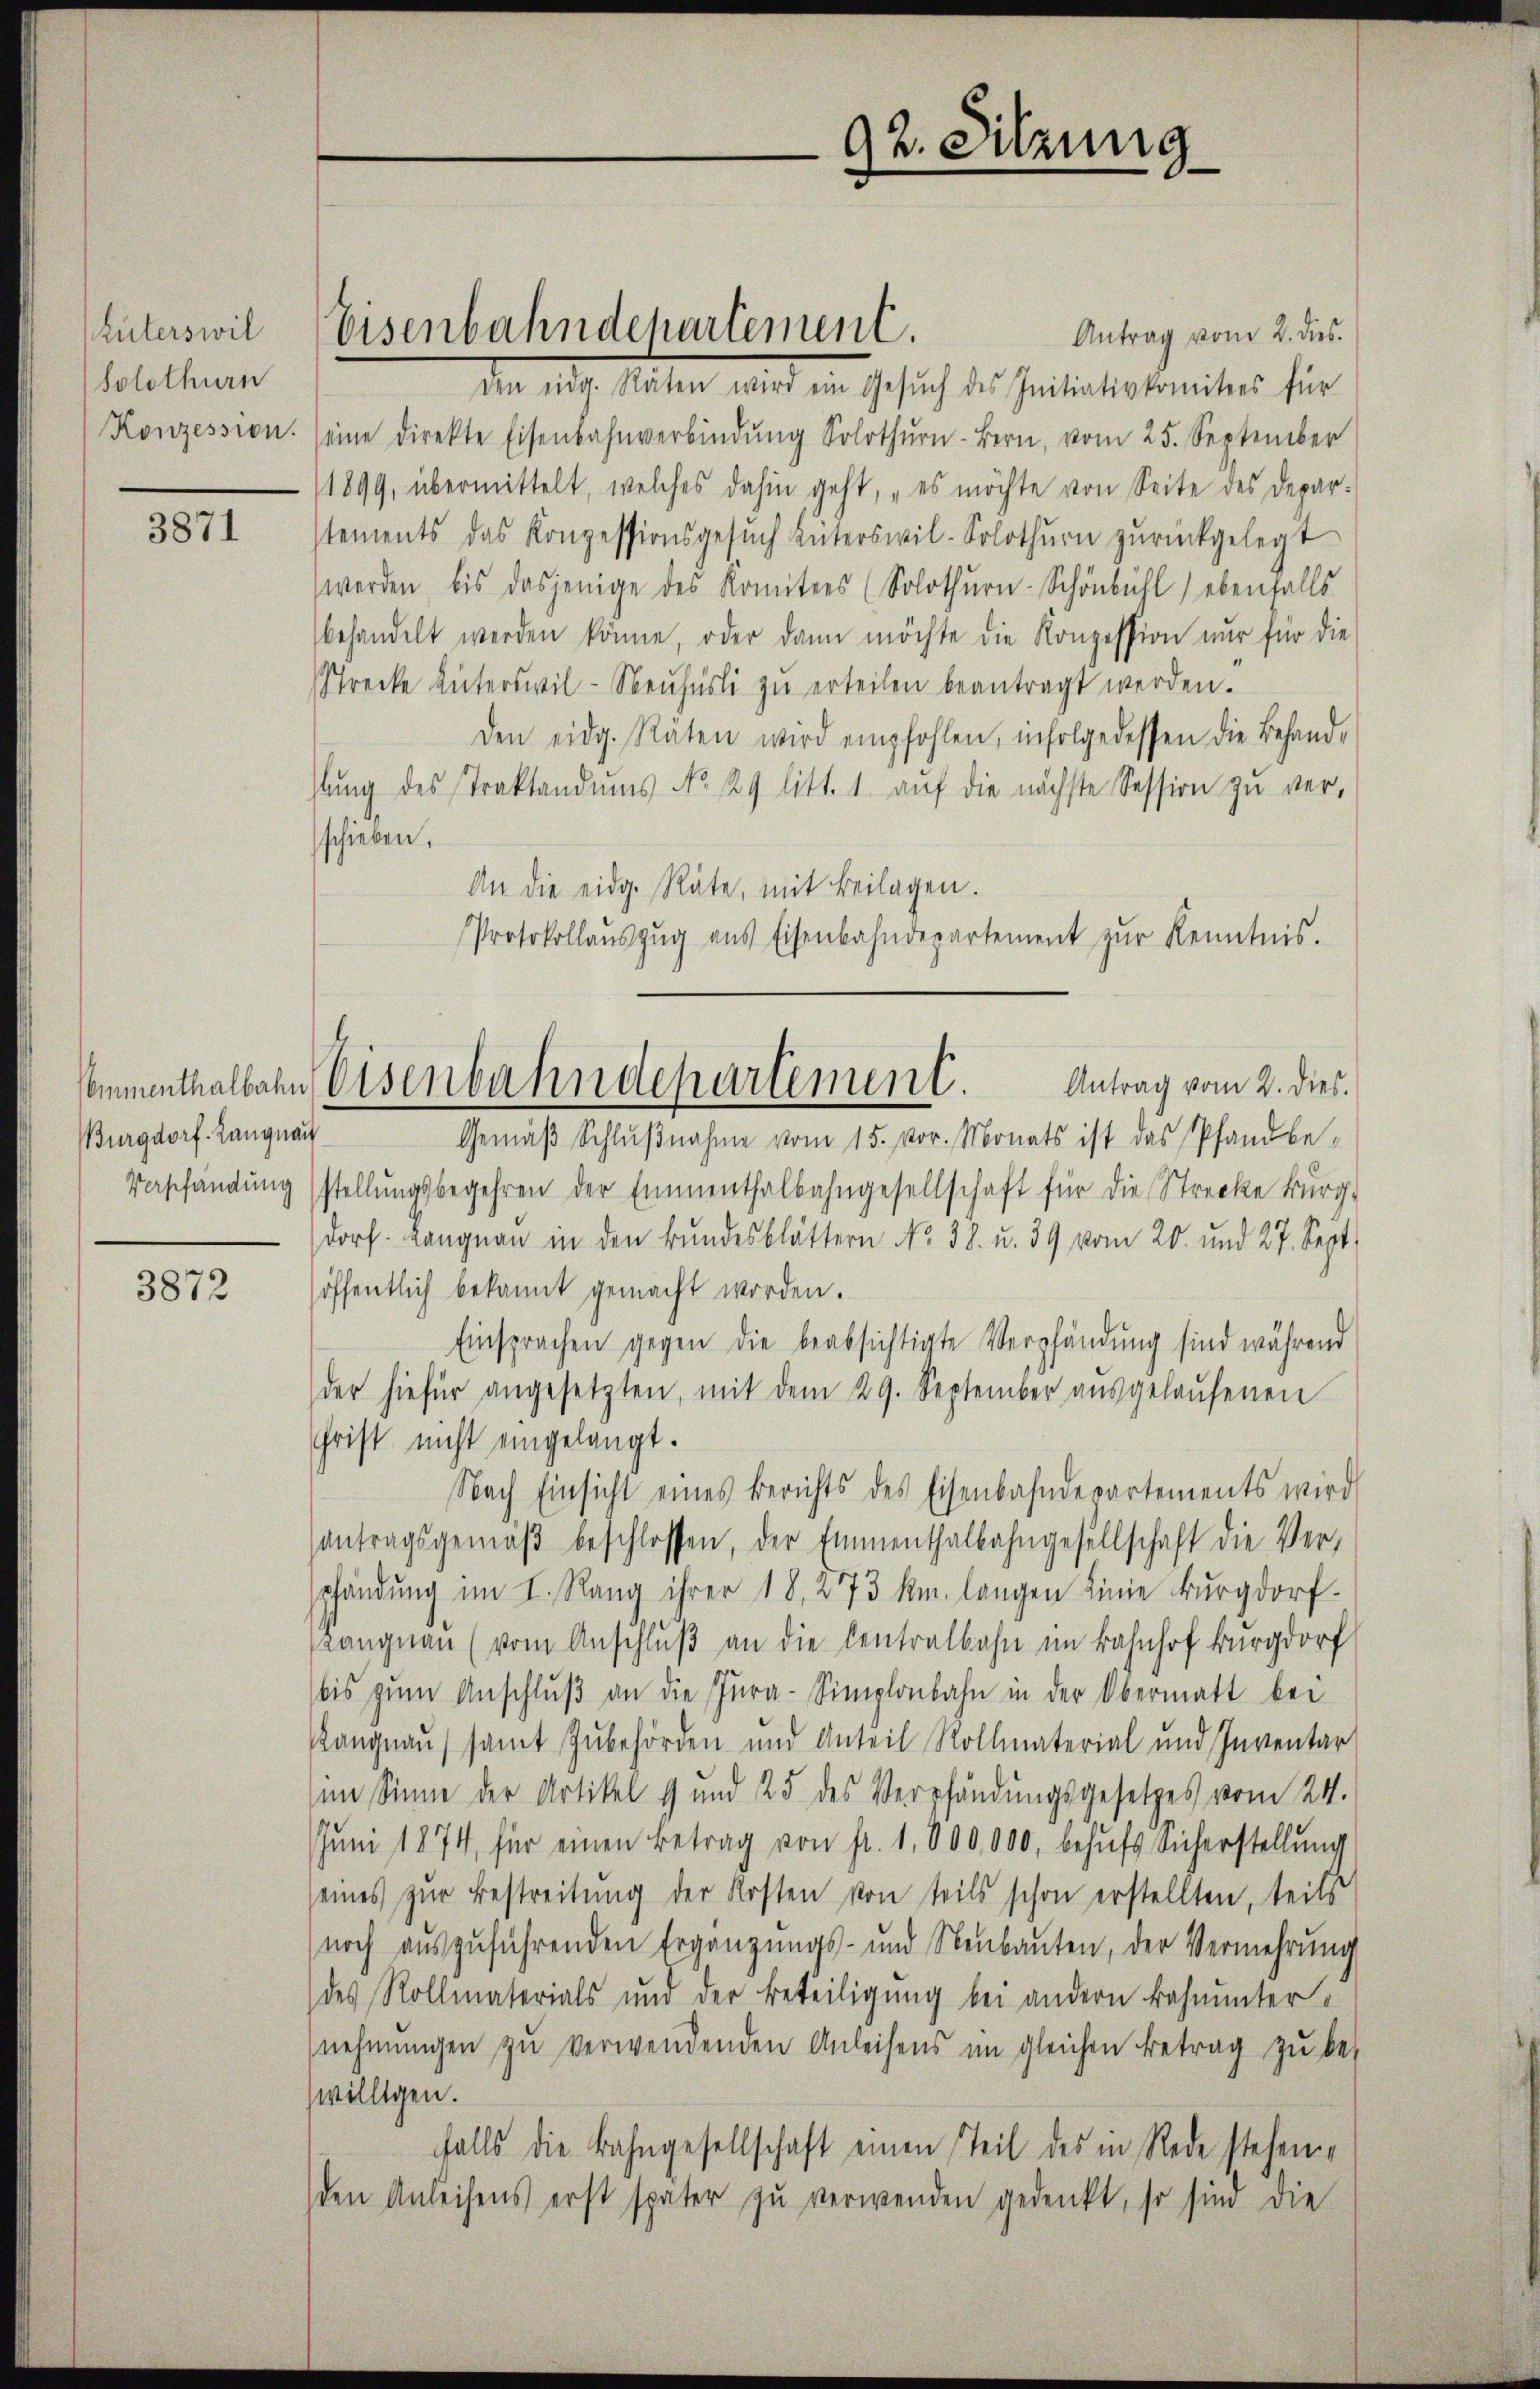
Rüterswil
(Solothurn
Konzession.

3871

Burgdorf. Langnau

3872

Antrag vom 2. dies
den eidg. Räten wird ein Gesŭch des Initiativkomitees für
eine direkte Eisenbahnverbindŭng Solothŭrn-Bern, vom 25. September
1899, übermittelt, welches dahin geht, „es möchte von Seite des Depar-
stements das Konzessionsgesŭch hüterswil-Solothurn zurückgelegt
werden, bis dasjenige des Komitees (Solothŭrn-Schönbühl) ebenfalls
behandelt werden könne, oder dann möchte die Konzession nur für die
Strecke unterswil-Neŭfürli zŭ erteilen beantragt werden.
den eidg. Räten wird empfohlen, infolgedessen die Behand-
hlŭng des Traktandŭms No. 29 litt. 1 aŭf die nächste Session zŭ ver-
schieben.
An die eidg. Räte, mit Beilagen.
Protokollaŭszŭg aŭs Eisenbahndepartement zŭr Kenntnis.
Gemäβ Schlußnahme vom 15. vor. Monats ist das Pfandbe¬
Verschändŭng stellŭngsbegehren der Emmenthalbahngesellschaft für die Strecke Bürg-
dorf. Langnau in den Bundesblättern No. 38. u. 39 vom 20. und 27. Sept
höffentlich bekannt gemacht worden.
Einsprachen gegen die beabsichtigte Verpfändung sind während
der hiefür angesetzten, mit dem 29. September aŭsgelaŭfenen
Christ nicht eingelangt.
Nach Einsicht eines Berichts des Eisenbahndepartements wird
antragsgemäβ beschlossen, der Emmenthalbahngesellschaft die Ver-
pfändung im I. Rang ihrer 18, 273 km. langen Linie Burgdorf-
angnau (vom Anschlŭβ an die Centralbahn im Bahnhof Burgdorf
bis zŭm Anschlŭβ an die Zŭra-Simplonbahn in der Obermatt bei
Rangnau samt Zubehörden und Anteil Rollmaterial und Inventar
im Sinne der Artikel 9 und 25 des Verpfändungsgesetzes vom 24.
Juni 1874, für einen Betrag von fr. 1,800,000, behŭfs Sicherstellung
seines zur Bestreitung der Kosten von teils schon erstellten, teils
noch auszuführenden Ergänzungs- und Neubauten, der Vermehrung
des Rollmaterials und der Beteiligung bei andern Bahnuntere
nehmungen zu verwendenden Anleisens im gleichen Betrag zu bewilligen.
falls die Bahngesellschaft einen Teil des in Rede stehene
den Anleihens erst später zu verwenden gedenkt, so sind die

Eisenbahndepartement.

92. Sitzung

Sommenthalbahn Eisenbahndepartement. Antrag vom 2. dies